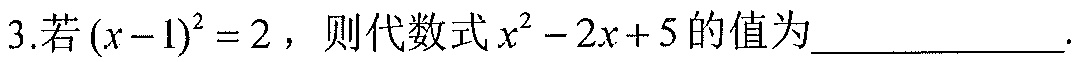
3.若\((x - 1)^{2}=2\)，则代数式\(x^{2}-2x + 5\)的值为  ．